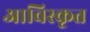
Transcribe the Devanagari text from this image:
आविस्कृत